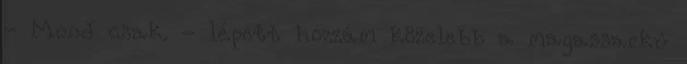
- Mond csak. - lépett hozzám közelebb a magassarkú